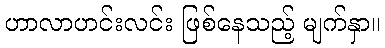
ဟာလာဟင်းလင်း ဖြစ်နေသည့် မျက်နှာ။